Civil Veterinary Department Bengal reports 1923-33 - 1923-1933
Year: 1923
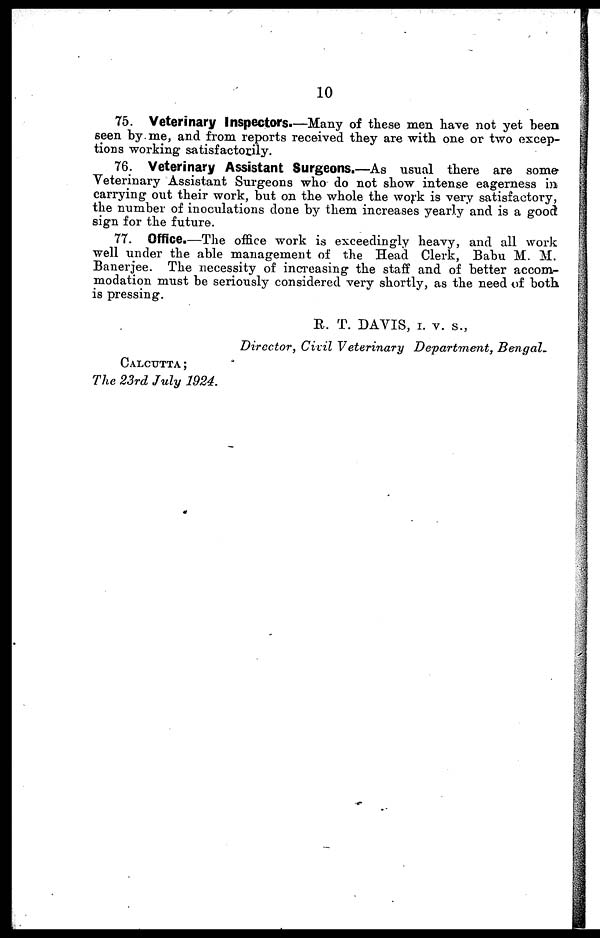
10
75. Veterinary Inspectors.—Many of these men have not yet been
seen by me, and from reports received they are with one or two excep-
tions working satisfactorily.
76. Veterinary Assistant Surgeons.—As usual there are some
Veterinary Assistant Surgeons who do not show intense eagerness in
carrying out their work, but on the whole the work is very satisfactory,
the number of inoculations done by them increases yearly and is a good
sign for the future.
77. Office.—The office work is exceedingly heavy, and all work
well under the able management of the Head Clerk, Babu M. M.
Banerjee. The necessity of increasing the staff and of better accom-
modation must be seriously considered very shortly, as the need of both
is pressing.
R. T. DAVIS, I. V. S.,
Director, Civil Veterinary Department, Bengal_
CALCUTTA;
The 23rd July 1924.